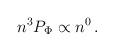
LaTeX: \begin{align*}n^3P_{\rm \Phi }\propto n^0 \, .\end{align*}